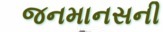
જનમાનસની